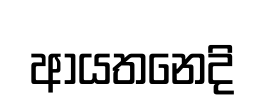
ආයතනෙදි